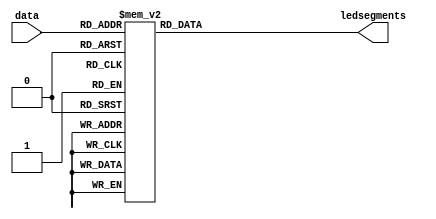
module sevenseg(data, ledsegments);
    input [3:0] data;
    output [6:0] ledsegments;
    reg [6:0] ledsegments;
    always @ ( * ) begin
        // gfe_dcba, 7  LED 
        // 654_3210, DE1-SOC , DE1-SOC 
        case(data)
            0: ledsegments = 7'b100_0000;
            1: ledsegments = 7'b111_1001;
            2: ledsegments = 7'b010_0100;
            3: ledsegments = 7'b011_0000;
            4: ledsegments = 7'b001_1001;
            5: ledsegments = 7'b001_0010;
            6: ledsegments = 7'b000_0010;
            7: ledsegments = 7'b111_1000;
            8: ledsegments = 7'b000_0000;
            9: ledsegments = 7'b001_0000;
            default: ledsegments = 7'b111_1111;  // 
        endcase
    end
endmodule